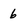
Character: 6